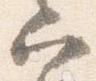
六